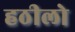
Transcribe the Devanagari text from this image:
हठीलो